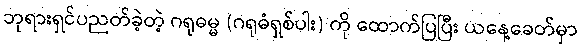
ဘုရားရှင်ပညတ်ခဲ့တဲ့ ဂရုဓမ္မ (ဂရုဓံရှစ်ပါး) ကို ထောက်ပြပြီး ယနေ့ခေတ်မှာ